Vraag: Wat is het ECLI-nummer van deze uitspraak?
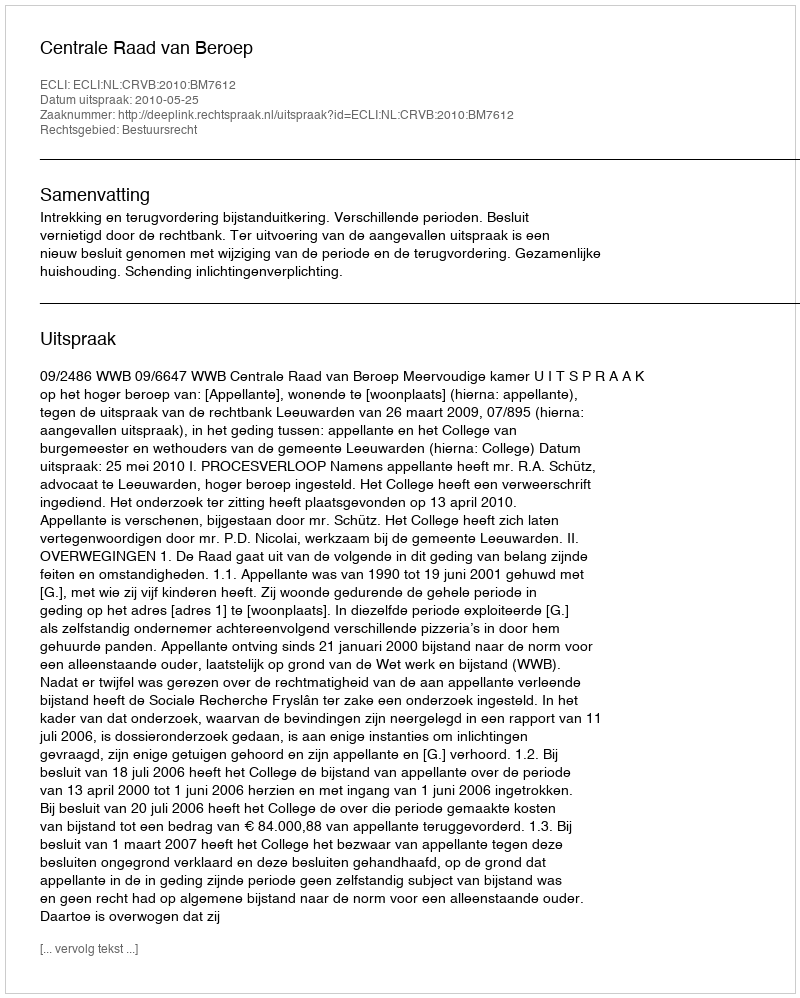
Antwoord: ECLI:NL:CRVB:2010:BM7612